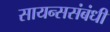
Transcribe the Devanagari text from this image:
सायन्ससंबंधी